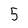
Character: 5